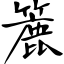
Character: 簏